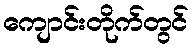
ကျောင်းတိုက်တွင်